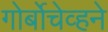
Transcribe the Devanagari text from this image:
गोर्बोचेव्हने